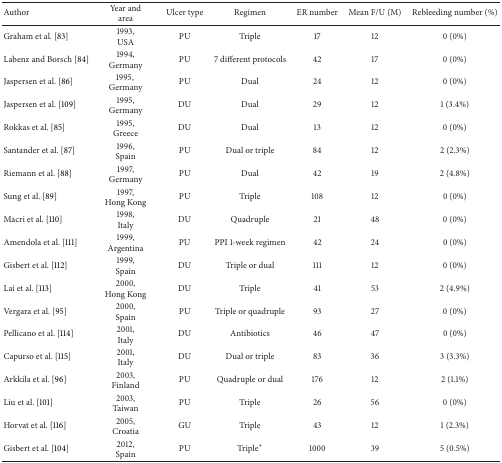
<table><thead><tr><td><b>Author</b></td><td><b>Year andarea</b></td><td><b>Ulcer type</b></td><td><b>Regimen</b></td><td><b>ER number</b></td><td><b>Mean F/U (M)</b></td><td><b>Rebleeding number (%)</b></td></tr></thead><tbody><tr><td>Graham et al. [83]</td><td>1993,USA</td><td>PU</td><td>Triple</td><td>17</td><td>12</td><td>0 (0%)</td></tr><tr><td>Labenz and Borsch [84]</td><td>1994,Germany</td><td>PU</td><td>7 different protocols</td><td>42</td><td>17</td><td>0 (0%)</td></tr><tr><td>Jaspersen et al. [86]</td><td>1995, Germany</td><td>PU</td><td>Dual</td><td>24</td><td>12</td><td>0 (0%)</td></tr><tr><td>Jaspersen et al. [109]</td><td>1995,Germany</td><td>DU</td><td>Dual</td><td>29</td><td>12</td><td>1 (3.4%)</td></tr><tr><td>Rokkas et al. [85]</td><td>1995,Greece</td><td>DU</td><td>Dual</td><td>13</td><td>12</td><td>0 (0%)</td></tr><tr><td>Santander et al. [87]</td><td>1996,Spain</td><td>PU</td><td>Dual or triple</td><td>84</td><td>12</td><td>2 (2.3%)</td></tr><tr><td>Riemann et al. [88]</td><td>1997,Germany</td><td>PU</td><td>Dual</td><td>42</td><td>19</td><td>2 (4.8%)</td></tr><tr><td>Sung et al. [89]</td><td>1997,Hong Kong</td><td>PU</td><td>Triple</td><td>108</td><td>12</td><td>0 (0%)</td></tr><tr><td>Macri et al. [110]</td><td>1998,Italy</td><td>DU</td><td>Quadruple</td><td>21</td><td>48</td><td>0 (0%)</td></tr><tr><td>Amendola et al. [111]</td><td>1999,Argentina</td><td>PU</td><td>PPI 1-week regimen</td><td>42</td><td>24</td><td>0 (0%)</td></tr><tr><td>Gisbert et al. [112]</td><td>1999,Spain</td><td>DU</td><td>Triple or dual</td><td>111</td><td>12</td><td>0 (0%)</td></tr><tr><td>Lai et al. [113]</td><td>2000,Hong Kong</td><td>DU</td><td>Triple</td><td>41</td><td>53</td><td>2 (4.9%)</td></tr><tr><td>Vergara et al. [95]</td><td>2000,Spain</td><td>PU</td><td>Triple or quadruple</td><td>93</td><td>27</td><td>0 (0%)</td></tr><tr><td>Pellicano et al. [114]</td><td>2001,Italy</td><td>DU</td><td>Antibiotics</td><td>46</td><td>47</td><td>0 (0%)</td></tr><tr><td>Capurso et al. [115]</td><td>2001,Italy</td><td>DU</td><td>Dual or triple</td><td>83</td><td>36</td><td>3 (3.3%)</td></tr><tr><td>Arkkila et al. [96]</td><td>2003,Finland</td><td>PU</td><td>Quadruple or dual</td><td>176</td><td>12</td><td>2 (1.1%)</td></tr><tr><td>Liu et al. [101]</td><td>2003,Taiwan</td><td>PU</td><td>Triple</td><td>26</td><td>56</td><td>0 (0%)</td></tr><tr><td>Horvat et al. [116]</td><td>2005,Croatia</td><td>GU</td><td>Triple</td><td>43</td><td>12</td><td>1 (2.3%)</td></tr><tr><td>Gisbert et al. [104]</td><td>2012,Spain</td><td>PU</td><td>Triple∗</td><td>1000</td><td>39</td><td>5 (0.5%)</td></tr></tbody></table>